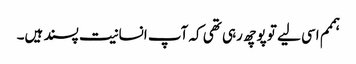
ہممم اسی لیے تو پوچھ رہی تھی کہ آپ انسانیت پسند ہیں۔